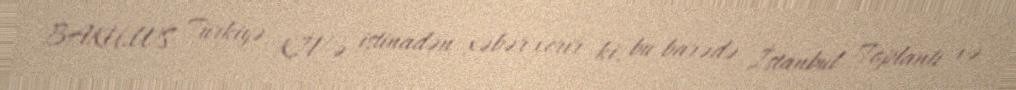
BAKU.WS Türkiyə KİV-ə istinadən xəbər verir ki, bu barədə İstanbul Toplantı və